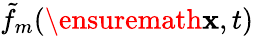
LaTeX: \tilde{f}_{m}(\ensuremath{\mathbf{x}},t)